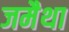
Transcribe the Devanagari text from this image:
जमैथा